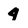
Character: 4